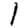
Digit: 1